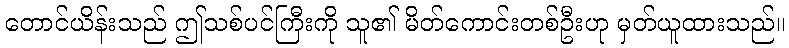
တောင်ယိန်းသည် ဤသစ်ပင်ကြီးကို သူ၏ မိတ်ကောင်းတစ်ဦးဟု မှတ်ယူထားသည်။